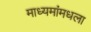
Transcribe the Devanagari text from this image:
माध्यमांमधला